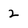
Character: 2